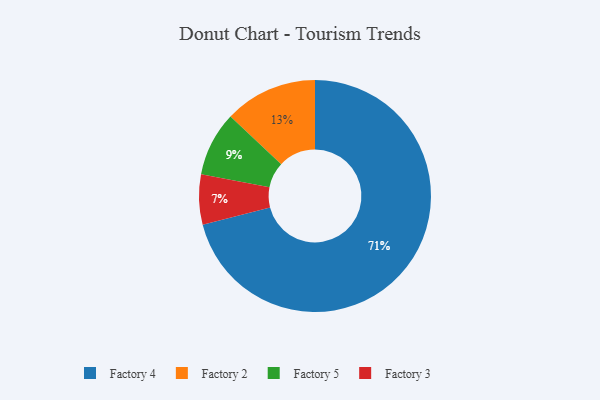
{"axis": {"x": "Category", "y": "Percentage"}, "legend": ["Factory 2", "Factory 3", "Factory 4", "Factory 5"], "data": [{"x": "Factory 2", "y": 13, "type": "Factory 2"}, {"x": "Factory 4", "y": 71, "type": "Factory 4"}, {"x": "Factory 3", "y": 7, "type": "Factory 3"}, {"x": "Factory 5", "y": 9, "type": "Factory 5"}]}